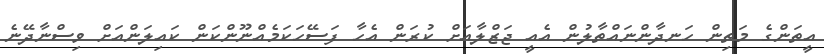
އީތަންގެ މަތިން ހަނދާންނައްތާލުން އެއީ ޖަޒްލާއަށް ކުރަން އެހާ ފަސޭހަކަމެއްނޫންކަން ކައިލަންއަށް ވިސްނާދޭނެ